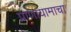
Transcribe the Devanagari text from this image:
प्राणायामाचा